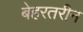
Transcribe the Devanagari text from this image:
बेहरतरीन